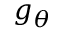
g _ { \boldsymbol { \theta } }